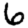
Digit: 6